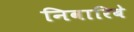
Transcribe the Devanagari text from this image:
निवारिबे